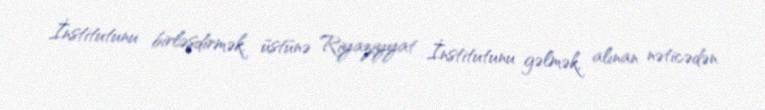
İnstitutunu birləşdirmək, üstünə Riyaziyyat İnstitutunu gəlmək, alınan nəticədən